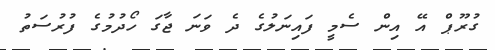
ގުރޫޕް އޭ އިން ސެމީ ފައިނަލުގެ ދެ ވަނަ ޖާގަ ހޯދުމުގެ ފުރުސަތު